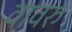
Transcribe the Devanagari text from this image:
वावरु